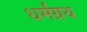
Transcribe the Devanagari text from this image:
धर्मंग्रथ